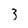
Character: 3